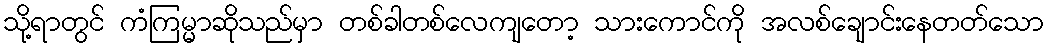
သို့ရာတွင် ကံကြမ္မာဆိုသည်မှာ တစ်ခါတစ်လေကျတော့ သားကောင်ကို အလစ်ချောင်းနေတတ်သော